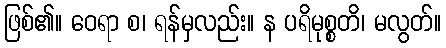
ဖြစ်၏။ ဝေရာ စ၊ ရန်မှလည်း။ န ပရိမုစ္စတိ၊ မလွတ်။